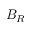
B _ { R }